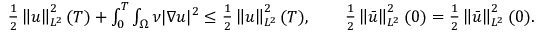
\begin{array} { r } { \frac 1 2 \left\lVert u \right\rVert _ { L ^ { 2 } } ^ { 2 } ( T ) + \int _ { 0 } ^ { T } \int _ { \Omega } \nu | \nabla u | ^ { 2 } \le \frac 1 2 \left\lVert u \right\rVert _ { L ^ { 2 } } ^ { 2 } ( T ) , \qquad \frac 1 2 \left\lVert \bar { u } \right\rVert _ { L ^ { 2 } } ^ { 2 } ( 0 ) = \frac 1 2 \left\lVert \bar { u } \right\rVert _ { L ^ { 2 } } ^ { 2 } ( 0 ) . } \end{array}